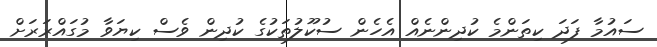
ސައުމާ ފަދަ ކިތަންމެ ކުދިންނެއް އެހެން ސުކޫލުތަކުގެ ކުދިން ވެސް ކިޔަވާ މުގައްރަރަށް